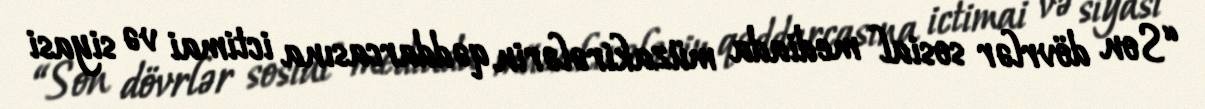
“Son dövrlər sosial mediada müzakirələrin qəddarcasına ictimai və siyasi